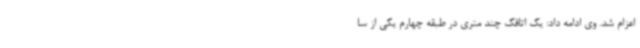
اعزام شد. وی ادامه داد: یک اتاقک چند متری در طبقه چهارم یکی از سا